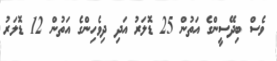
ވެސް ބިދޭސީންގެ އަތުން 25 ޑޮލަރު އަދި ދިވެހިންގެ އަތުން 12 ޑޮލަރު